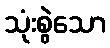
သုံးစွဲသော